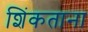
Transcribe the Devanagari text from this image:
शिंकताना